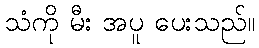
သံကို မီး အပူ ပေးသည်။